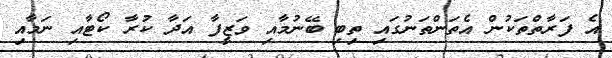
އެ ފަރާތްތަކުން އެތަންތަނުގައި ތިބި ބޭނުމާއި ވަޒީފާ އަދާ ކުރާ ކޯޓާއި ނަމާއި